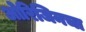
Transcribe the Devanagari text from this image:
ओरिजिनचा